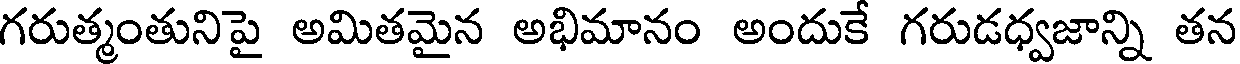
గరుత్మంతునిపై అమితమైన అభిమానం అందుకే గరుడధ్వజాన్ని తన